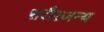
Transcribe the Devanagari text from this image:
शरीरजन्य